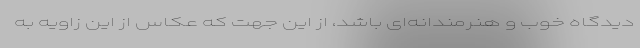
دیدگاه خوب و هنرمندانه‌ای باشد، از این جهت که عکاس از این زاویه به